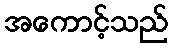
အကောင့်သည်